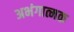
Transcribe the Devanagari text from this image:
अभंगात्मक